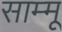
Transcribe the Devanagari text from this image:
साम्मू